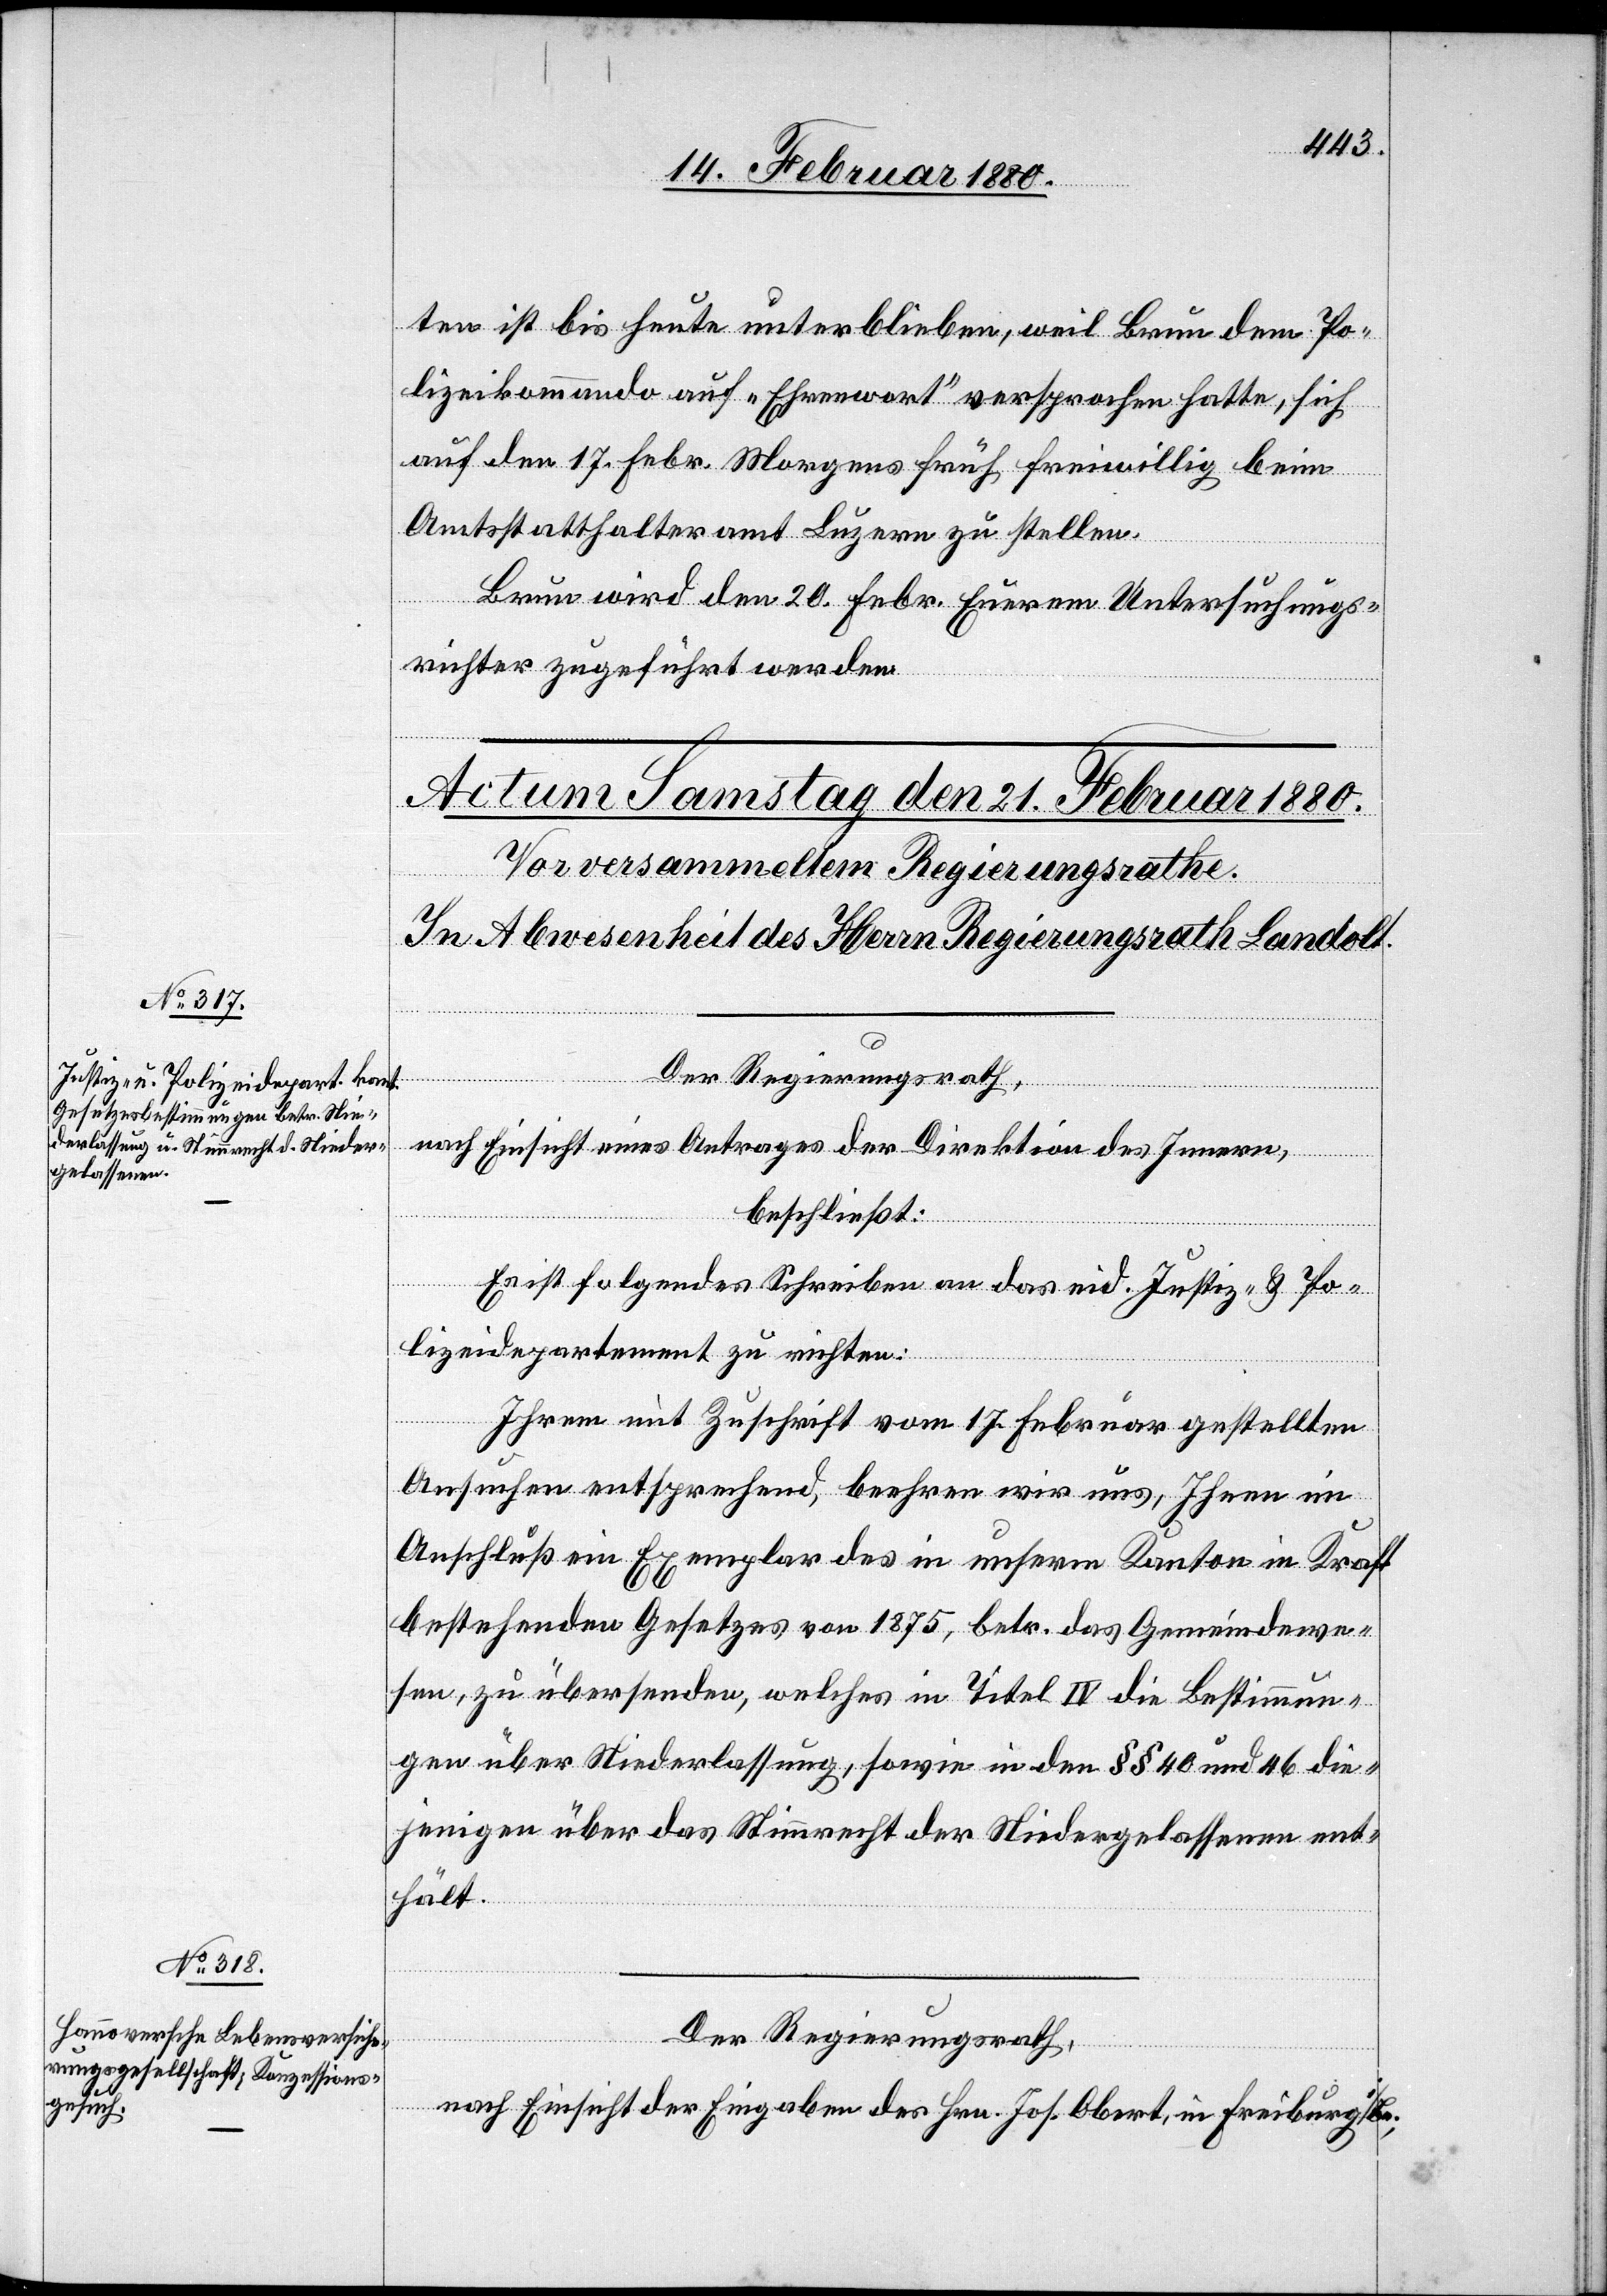
ten ist bis heute unterblieben, weil Brun dem Po¬
lizeikommando auf „Ehrenwort“ verpsprochen hatte, sich
auf den 17. Febr. Morgens früh freiwillig beim
Amtsstatthalteramt Luzern zu stellen.
Brun wird den 20. Febr Eurem Untersuchungs¬
richter zugeführt werden.
nach Einsicht eines Antrages der Direktion des Innern,
beschließt:
Es ist folgendes Schreiben an das eid. Justiz- & Po¬
lizeidepartement zu richten:
Ihrem mit Zuschrift vom 17. Februar gestellten
Ansuchen entsprechend, beehren wir uns, Ihnen im
Anschluß ein Exemplar des in unserm Kanton in Kraft
bestehenden Gesetzes von 1875, betr. das Gemeindewe¬
sen, zu übersenden, welches in Titel IV die Bestimmun¬
gen über Niederlassung, sowie in den §§ 40 und 46 die¬
jenigen über das Stimmrecht der Niedergelassenen ent¬
hält.
Der Regierungsrath,
nach Einsicht der Eingaben des Hrn. Joh. Obert, in Freiburg i/Br;